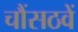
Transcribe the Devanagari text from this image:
चौंसठवें